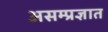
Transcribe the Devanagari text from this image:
असम्प्रज्ञात